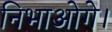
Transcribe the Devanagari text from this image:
निभाओगे।